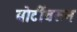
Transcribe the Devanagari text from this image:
बोटींवरुन